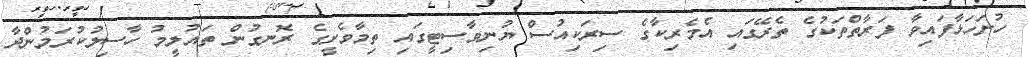
ހުށަހަޅާފައިވާ ފަރާތްތަކުގެ ތެރޭގައި އެމެރިކާގެ ސިރަކިއުސް ޔުނިވާސިޓީގައި ތިމާވެށީގެ ރޮނގުން ތައުލީމު ހާސިލުކުރަމުންދާ